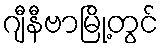
ဂျီနီဗာမြို့တွင်